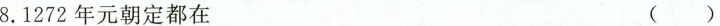
8.1272年元朝定都在 ( )